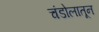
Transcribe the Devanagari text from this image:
चंडोलातून